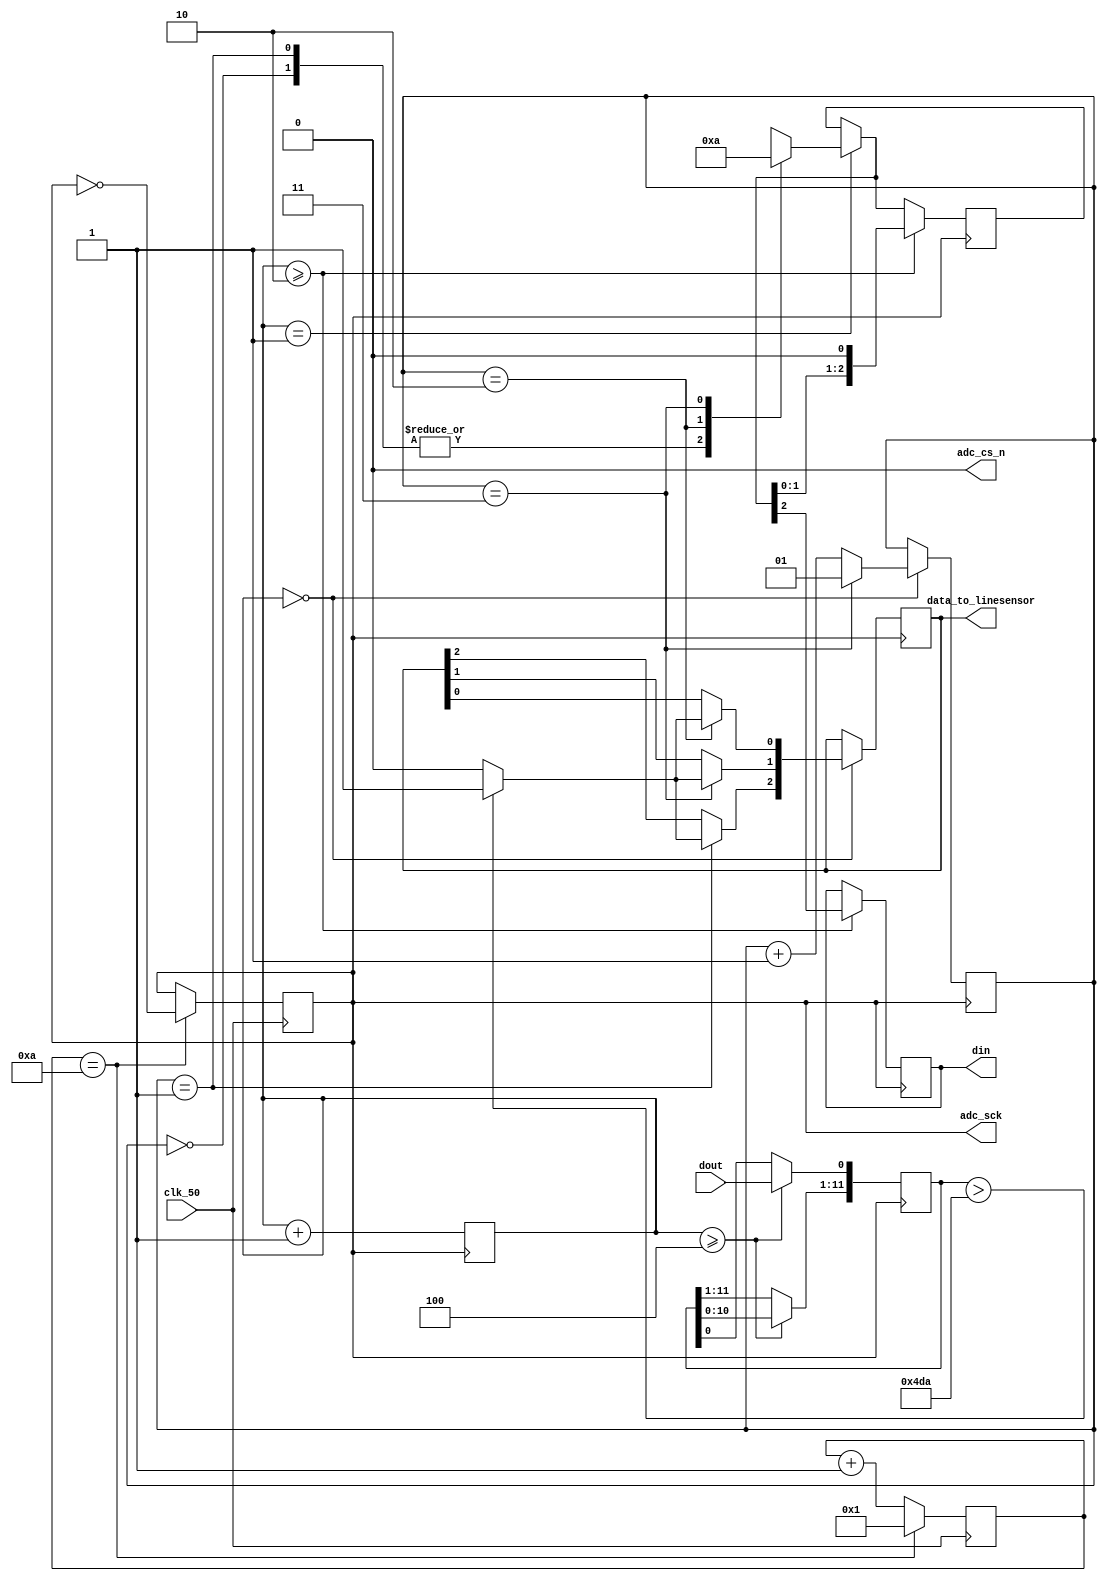
`timescale 1ns / 1ps
module adc_control(
	input  clk_50,				//50 MHz clock
	input  dout,				//digital output from ADC128S022 (serial 12-bit)
	output adc_cs_n,			//ADC128S022 Chip Select
	output din,					//Ch. address input to ADC128S022 (serial)
	output adc_sck,			//2.5 MHz ADC clock
    output [2:0] data_to_linesensor	  // 0 - left ; 1 - centre ; 2 - right
);

reg adc_clock = 0;
reg [3:0] fc = 0;
reg [3:0] i = 0 ;
reg data_in = 0 ;
reg [1:0] data_frame_counter = 0 ; 
reg [2:0] c_select ;
reg [11:0] parallel_data = 0;
reg [11:0] d_out_0=0;
reg [11:0] d_out_1=0;
reg [11:0] d_out_2=0;
reg [2:0] data_to_ls = 0 ;
reg adc_cs = 0 ;
localparam Threshold = 12'b010011011010 ;  //1V



assign adc_sck = adc_clock ;
always@ (negedge clk_50)
begin
  i <= (i == 10)? 1 : i + 1 ;
  if (i == 10)
    begin
    adc_clock <= ~adc_clock ;
    end
 end

assign adc_cs_n = adc_cs ;
 
 always@ (posedge adc_clock)
 begin
  fc <=  fc + 1 ;
  if (fc == 0 ) //changed from fc==1
    data_frame_counter <= (data_frame_counter == 3) ? 1 : data_frame_counter + 1 ;
    
  if (fc >= 4 && !adc_cs_n)
  begin
    parallel_data = parallel_data << 1 ;
    parallel_data[0] = dout ;
  end
end

assign din = data_in;

always@ (negedge adc_clock)
begin
  if (fc == 1)//changed from fc==2 
   case (data_frame_counter)
      0 : c_select = 0 ;
      1 : c_select = 0 ;
      2 : c_select = 1 ;
      3 : c_select = 2 ;
   endcase
  if (fc >= 2 && !adc_cs_n )
   begin
     data_in <= c_select[2] ;
     c_select <= c_select << 1 ;
   end   
  if (fc == 0)
    begin
     case(data_frame_counter)
       1 : begin
           d_out_2 = parallel_data ;
           if (d_out_2 > Threshold)  //Detected a black line
              data_to_ls[2] = 1; 
           else  //Detected a white area
              data_to_ls[2] = 0 ;    
           end
       2 : begin
           d_out_0 = parallel_data ;
           if (d_out_0 > Threshold)  //Detected a black line
              data_to_ls[0] = 1 ; 
           else  //Detected a white area
              data_to_ls[0] = 0 ;
           end
       3 : begin
           d_out_1 = parallel_data ;
           if (d_out_1 > Threshold)  //Detected a black line
              data_to_ls[1] = 1 ; 
           else  //Detected a white area
              data_to_ls[1] = 0 ;
           end
     endcase
    end
end

assign data_to_linesensor = data_to_ls ;
endmodule